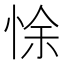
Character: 悇